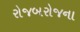
રોજબરોજના